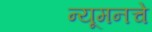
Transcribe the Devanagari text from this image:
न्यूमनचे